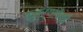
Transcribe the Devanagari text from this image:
कुत्र्यांपैकी